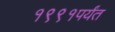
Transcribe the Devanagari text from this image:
१९९१पर्यंत